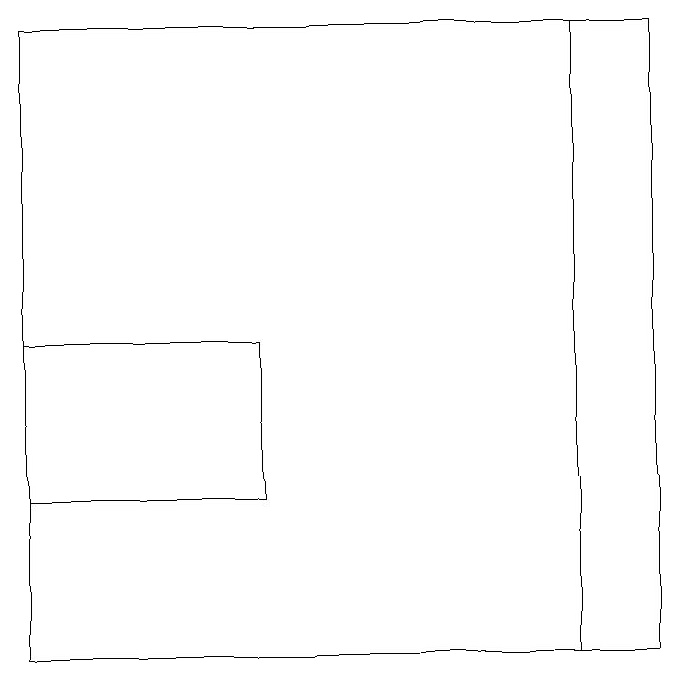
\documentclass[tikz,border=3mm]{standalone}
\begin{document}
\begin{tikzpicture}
\draw (4,13) rectangle (1,15);
\draw (9,11) rectangle (1,19);
\draw (8,19) rectangle (9,11);
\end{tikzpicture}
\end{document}